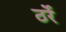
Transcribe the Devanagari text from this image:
ठर्रे